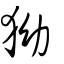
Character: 狕